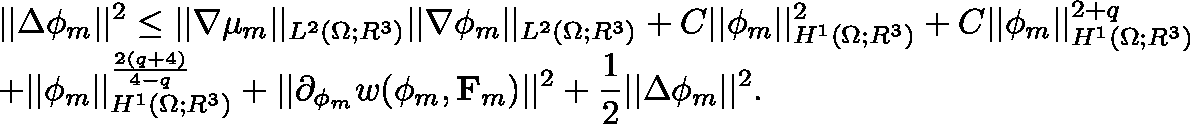
\begin{array} { r l } & { \displaystyle | | \Delta \phi _ { m } | | ^ { 2 } \leq | | \nabla \mu _ { m } | | _ { L ^ { 2 } ( \Omega ; \mathbb { R } ^ { 3 } ) } | | \nabla \phi _ { m } | | _ { L ^ { 2 } ( \Omega ; \mathbb { R } ^ { 3 } ) } + C | | \phi _ { m } | | _ { H ^ { 1 } ( \Omega ; \mathbb { R } ^ { 3 } ) } ^ { 2 } + C | | \phi _ { m } | | _ { H ^ { 1 } ( \Omega ; \mathbb { R } ^ { 3 } ) } ^ { 2 + q } } \\ & { \displaystyle + | | \phi _ { m } | | _ { H ^ { 1 } ( \Omega ; \mathbb { R } ^ { 3 } ) } ^ { \frac { 2 ( q + 4 ) } { 4 - q } } + | | \partial _ { \mathbf { \phi } _ { m } } w ( \phi _ { m } , \mathbf { F } _ { m } ) | | ^ { 2 } + \frac { 1 } { 2 } | | \Delta \phi _ { m } | | ^ { 2 } . } \end{array}